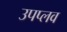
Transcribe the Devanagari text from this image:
उपप्लव